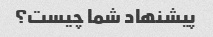
پیشنهاد شما چیست؟